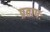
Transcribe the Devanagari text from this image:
प्रतापः